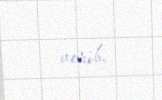
verib.